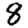
Digit: 8